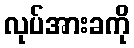
လုပ်အားခကို